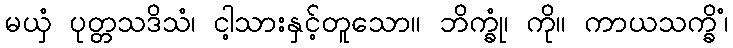
မယှံ ပုတ္တသဒိသံ၊ ငါ့သားနှင့်တူသော။ ဘိက္ခုံ၊ ကို။ ကာယသက္ခိံ၊